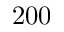
2 0 0